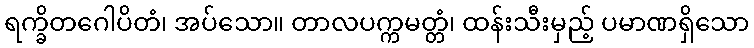
ရက္ခိတဂေါပိတံ၊ အပ်သော။ တာလပက္ကမတ္တံ၊ ထန်းသီးမှည့် ပမာဏရှိသော